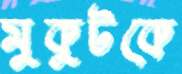
মুকুটকে